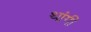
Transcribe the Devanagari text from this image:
थांगी